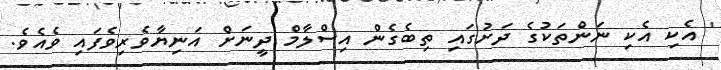
' އެކި އެކި ނަންތަކުގެ ދަށުގައި ތިބެގެން އިސްލާމް ދީނަށް އަނިޔާވެރިވެފައި ވެއެވެ.